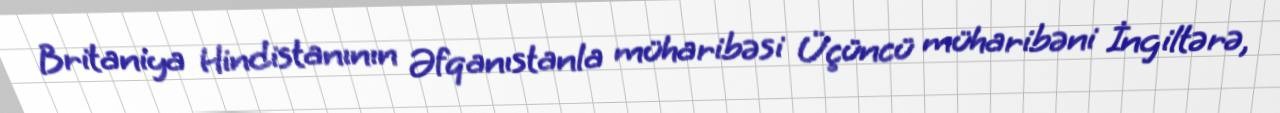
Britaniya Hindistanının Əfqanıstanla müharibəsi Üçüncü müharibəni İngiltərə,